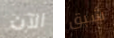
الآن شبق